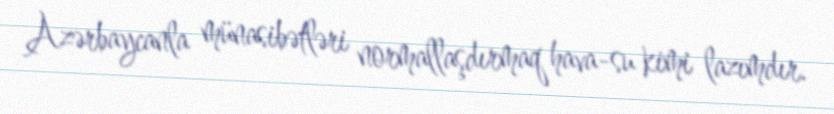
Azərbaycanla münasibətləri normallaşdırmaq hava-su kimi lazımdır.